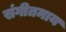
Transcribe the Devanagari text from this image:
संगीतमाय